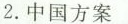
2. 中国方案